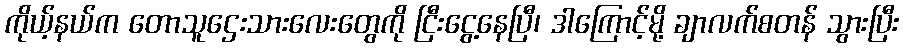
ကိုယ့်နယ်က တောသူဌေးသားလေးတွေကို ငြီးငွေ့နေပြီ၊ ဒါကြောင့်မို့ ချာလက်စတန် သွားပြီး